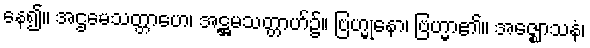
နေ၍။ အဌမေသတ္တာဟေ၊ အဋ္ဌမသတ္တာဟ်၌။ ဗြဟ္မုနော၊ ဗြဟ္မာ၏။ အဇ္ဈောသနံ၊